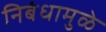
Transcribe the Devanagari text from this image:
निबंधामुळे